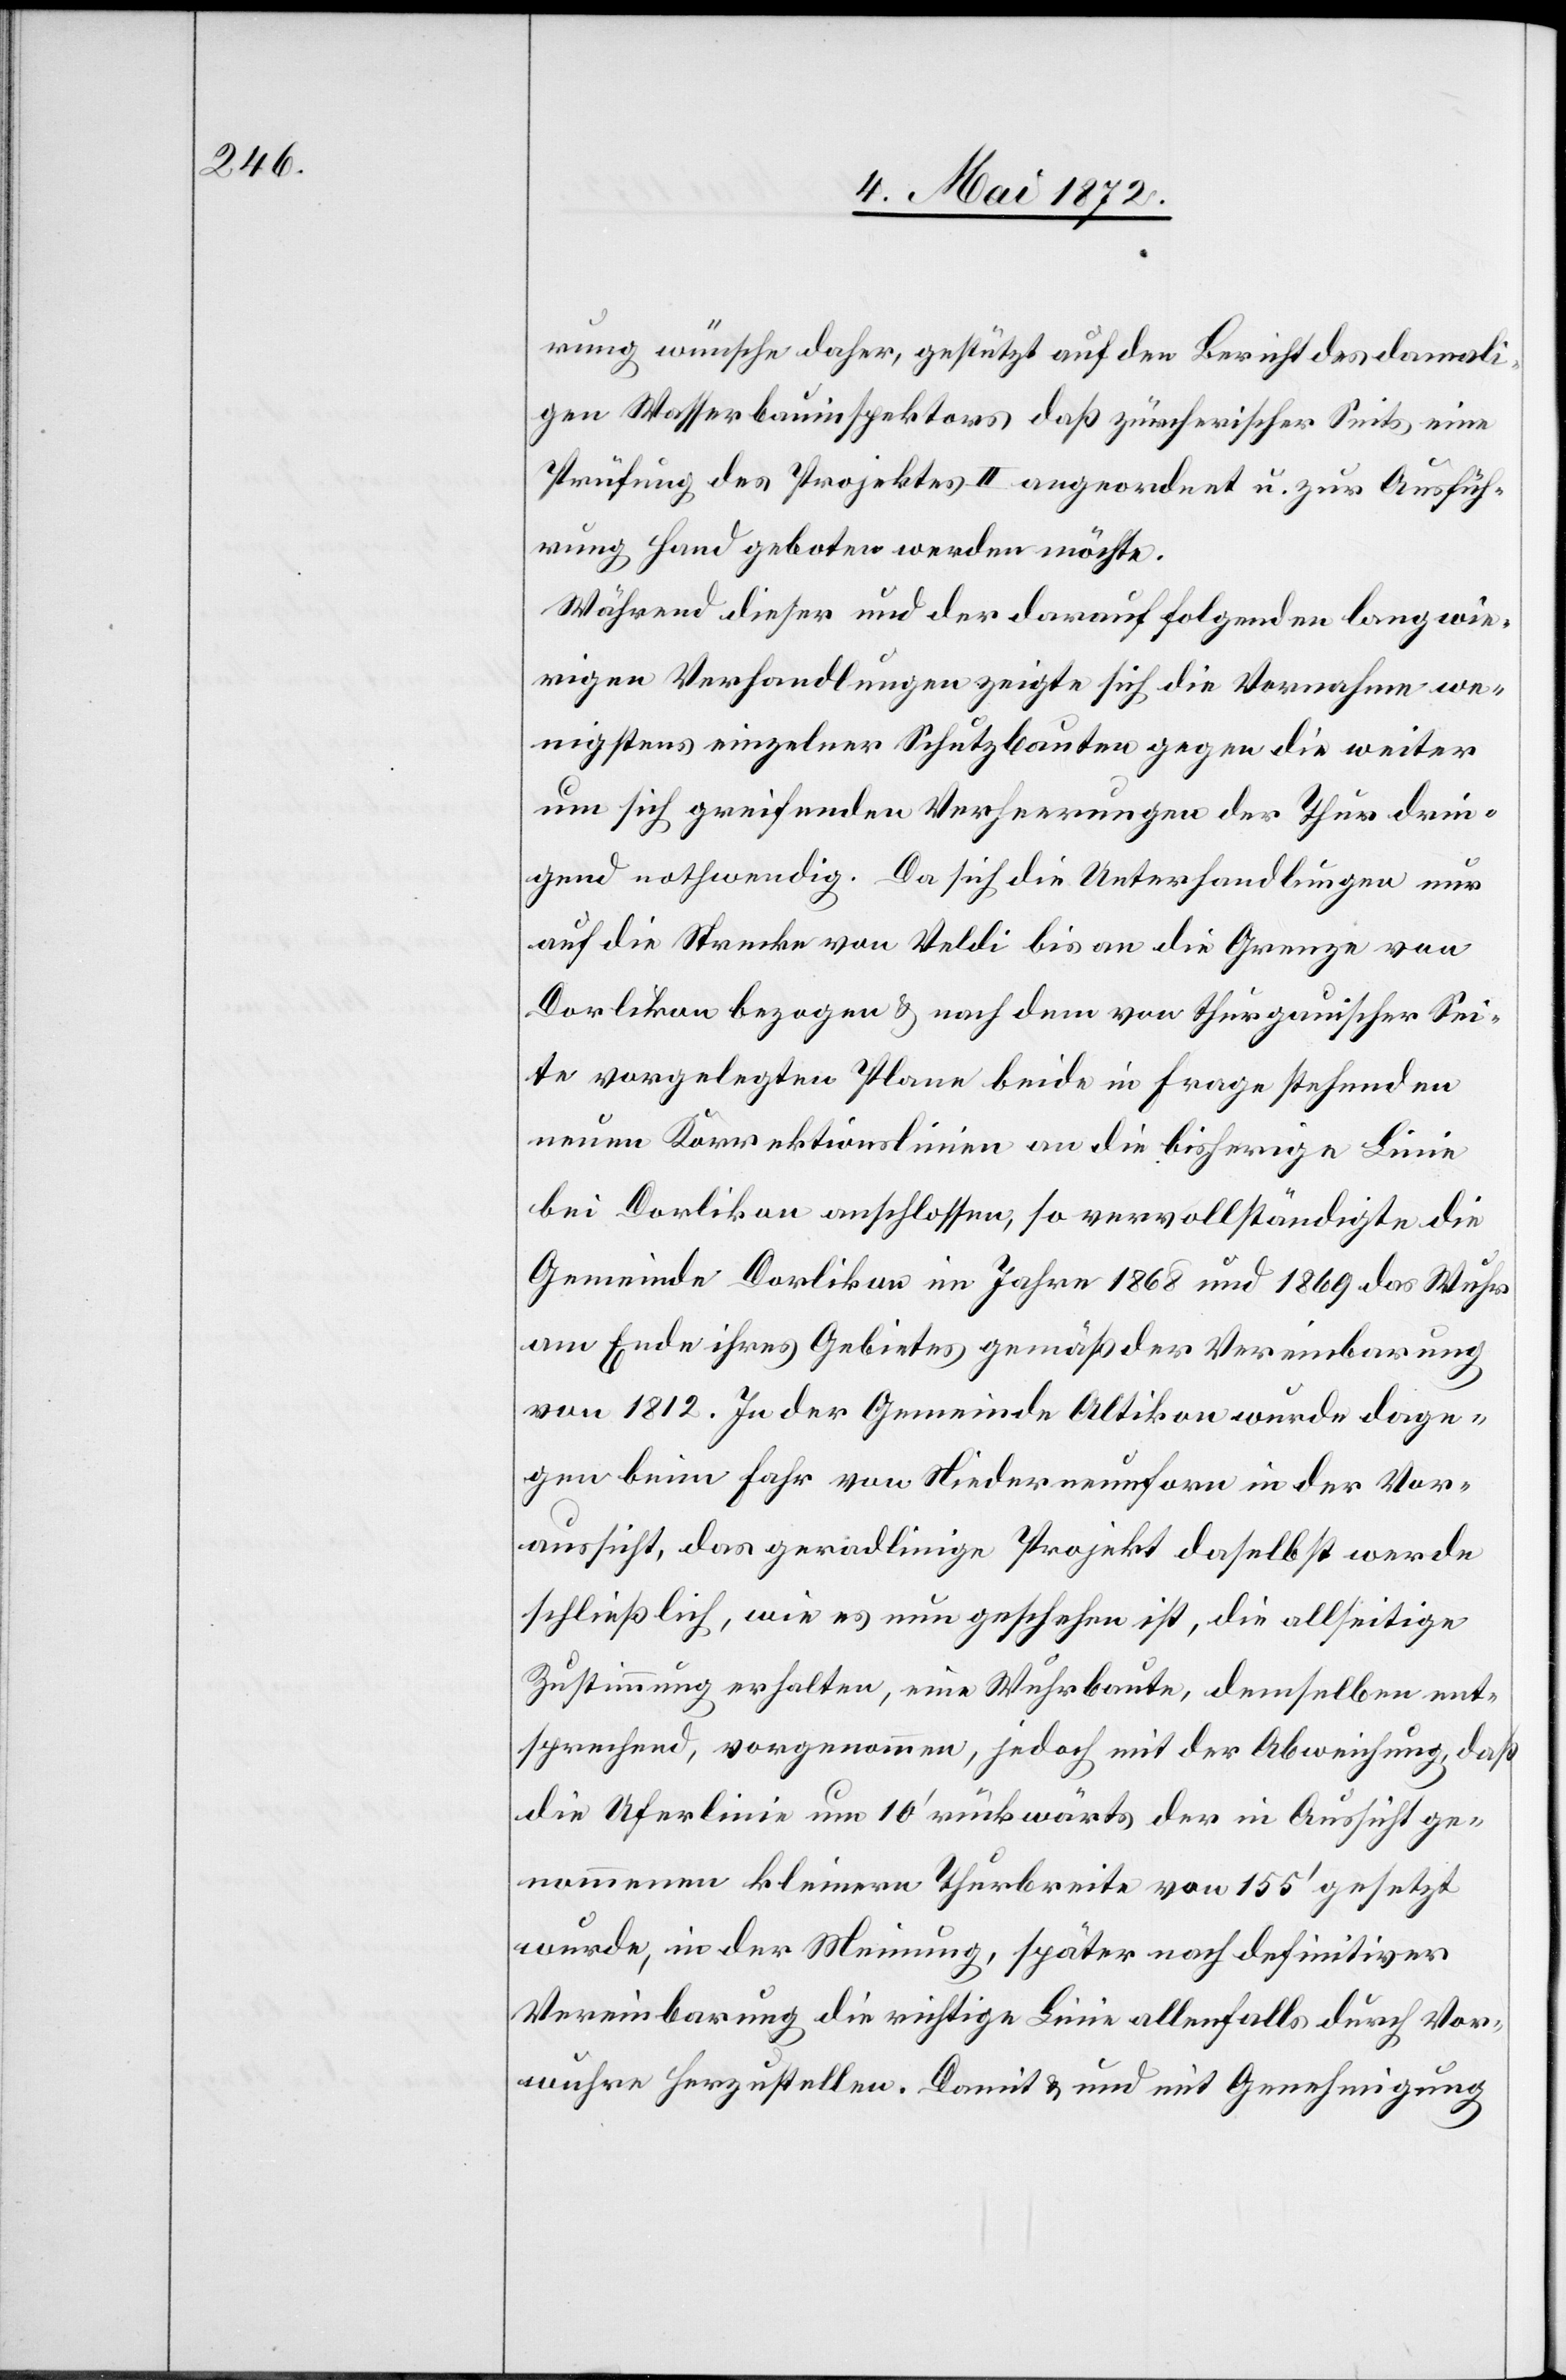
rung wünsche daher, gestützt auf den Bericht des damali¬
gen Wasserbauinspektors[,] daß zürcherischer Seits eine
Prüfung des Projektes II angeordnet u, zur Ausfüh¬
rung Hand geboten werden möchte.
Während dieser und der darauf folgenden langwie¬
rigen Verhandlungen zeigte sich die Vornahme we¬
nigstens einzelner Schutzbauten gegen die weiter
um sich greifenden Verheerungen der Thur drin¬
gend nothwendig. Da sich die Unterhandlungen nur
auf die Strecke von Veldi bis an die Grenze von
Dorlikon bezogen u. nach dem von thurgauischer Sei¬
te vorgelegten Plane beide in Frage stehenden
neuen Korrektionslinien an die bisherigen Linie
bei Dorlikon anschlossen, so vervollständigte die
Gemeinde Dorlikon im Jahre 1868 und 1869 das Wuhr
am Ende ihres Gebietes gemäß der Vereinbarung
von 1812. In der Gemeinde Altikon wurde dage¬
gen beim Fahr von Niederneunforn in der Vor¬
aussicht, das geradlinige Projekt daselbst werde
schließlich, wie es nun geschehen ist, die allseitige
Zustimmung erhalten, eine Wuhrbaute, demselben ent¬
sprechend, vorgenommen, jedoch mit der Abweichung, daß
die Uferlinie um 10’ rückwärts der in Aussicht ge¬
nommenen kleinern Thurbreite von 155’ gesetzt
wurde, in der Meinung, später nach definitiver
Vereinbarung die richtige Linie allenfalls durch Vor¬
wuhren herzustellen. Damit u. und [sic!] mit Genehmigung